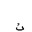
Letter: _thal